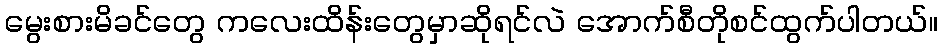
မွေးစားမိခင်တွေ ကလေးထိန်းတွေမှာဆိုရင်လဲ အောက်စီတိုစင်ထွက်ပါတယ်။